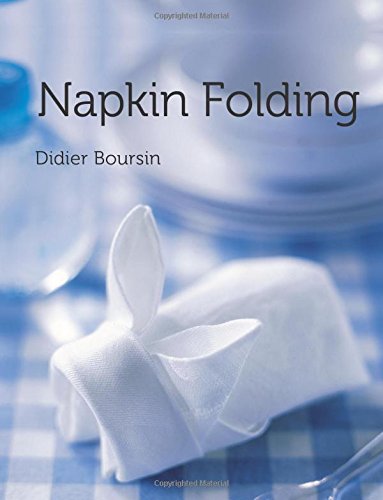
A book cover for Mini Makes: Napkin Folding; Didier Boursin; Cookbooks, Food & Wine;